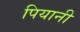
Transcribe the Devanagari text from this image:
पियानी